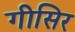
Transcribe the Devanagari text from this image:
गीसिर